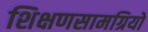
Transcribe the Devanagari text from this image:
शिक्षणसामग्रियों